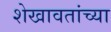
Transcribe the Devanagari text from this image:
शेखावतांच्या